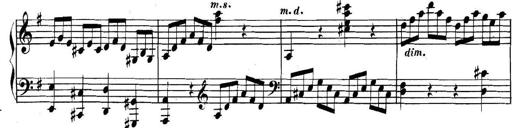
Title: Collected Piano Sonatas
Composer: Muzio Clementi